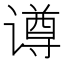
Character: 𬤢